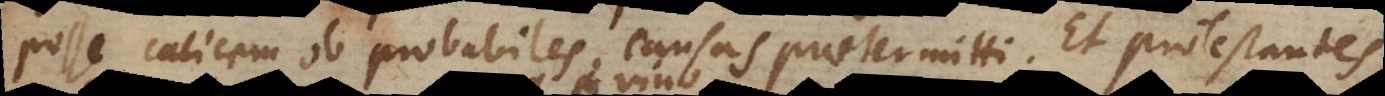
posse calicem ob probabiles causas praetermitti. Et Protestantes